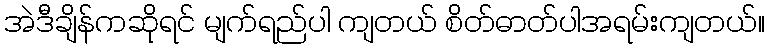
အဲဒီချိန်ကဆိုရင် မျက်ရည်ပါ ကျတယ် စိတ်ဓာတ်ပါအရမ်းကျတယ်။